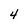
Character: 4